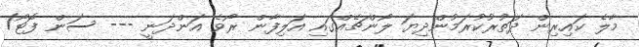
މާލެ ކައިރިން ދަތުރުކުރަމުންދިޔަ ލޯންޗެއްގައި އަލިފާން ރޯވެ އަންދަނީ --- ސަން ފޮޓޯ/